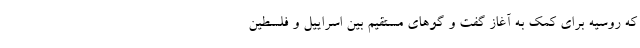
که روسیه برای کمک به آغاز گفت و گوهای مستقیم بین اسراییل و فلسطین